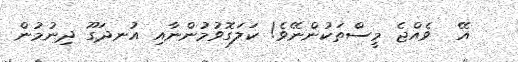
އޭ  ވެއްޖެ މީސްތަކުންނޭވެ! ކަލަގޮވުމުންނާއި އުނދަގޫ ދިނުމުން